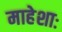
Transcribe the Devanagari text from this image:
माहेशाः